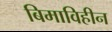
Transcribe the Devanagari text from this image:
बिमाविहीन